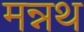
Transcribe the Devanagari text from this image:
मन्नथ